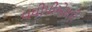
વધીપીએસપી